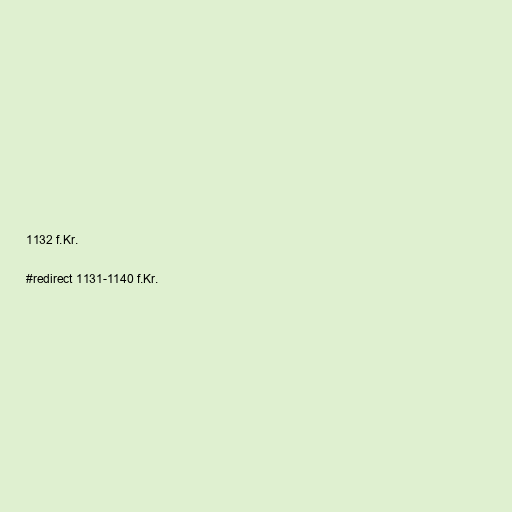
1132 f.Kr.

#redirect 1131-1140 f.Kr.